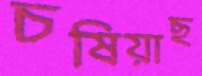
চষিয়াছ